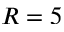
R = 5